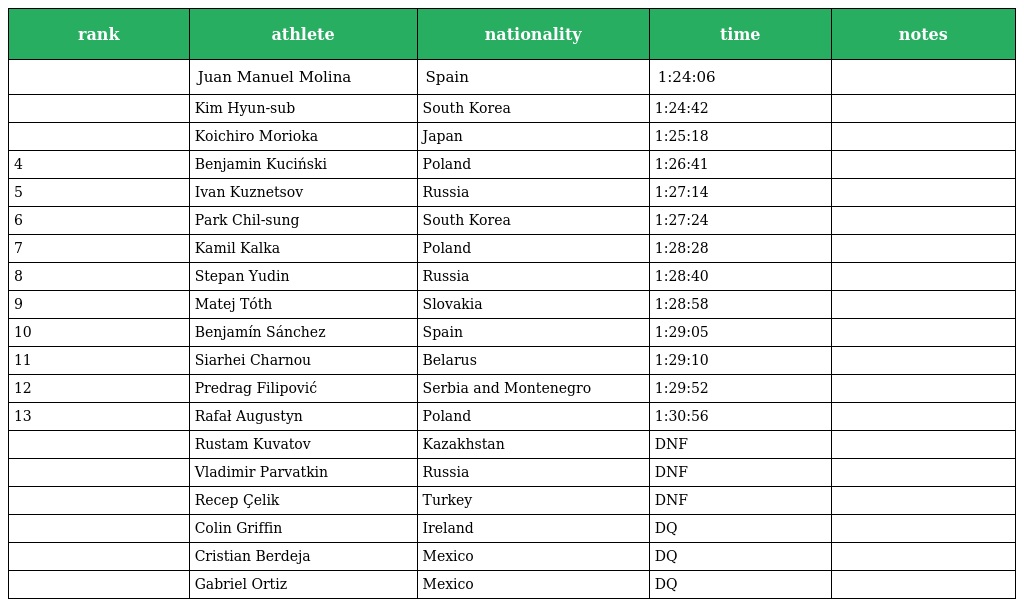
| rank | athlete | nationality | time | notes |
 | --- | --- | --- | --- | --- |
 |  | Juan Manuel Molina | Spain | 1:24:06 |  |
 |  | Kim Hyun-sub | South Korea | 1:24:42 |  |
 |  | Koichiro Morioka | Japan | 1:25:18 |  |
 | 4 | Benjamin Kuciński | Poland | 1:26:41 |  |
 | 5 | Ivan Kuznetsov | Russia | 1:27:14 |  |
 | 6 | Park Chil-sung | South Korea | 1:27:24 |  |
 | 7 | Kamil Kalka | Poland | 1:28:28 |  |
 | 8 | Stepan Yudin | Russia | 1:28:40 |  |
 | 9 | Matej Tóth | Slovakia | 1:28:58 |  |
 | 10 | Benjamín Sánchez | Spain | 1:29:05 |  |
 | 11 | Siarhei Charnou | Belarus | 1:29:10 |  |
 | 12 | Predrag Filipović | Serbia and Montenegro | 1:29:52 |  |
 | 13 | Rafał Augustyn | Poland | 1:30:56 |  |
 |  | Rustam Kuvatov | Kazakhstan | DNF |  |
 |  | Vladimir Parvatkin | Russia | DNF |  |
 |  | Recep Çelik | Turkey | DNF |  |
 |  | Colin Griffin | Ireland | DQ |  |
 |  | Cristian Berdeja | Mexico | DQ |  |
 |  | Gabriel Ortiz | Mexico | DQ |  |